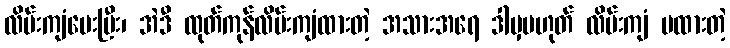
လိမ်းကျံပေးပြီး၊ အဲဒီ ထုတ်ကုန်လိမ်းကျံထားတဲ့ အသားအရေ ဒါမှမဟုတ် လိမ်းကျံ မထားတဲ့